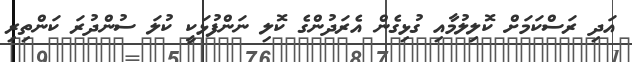
އަދި ރަސްކަމަށް ކޮލިލުމާއި ގުޅިގެން އެރަދުންގެ ކޮލި ނަންފުޅަކީ ކުލަ ސުންދުރަ ކަންތިރި